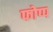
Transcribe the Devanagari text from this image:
फोप्प